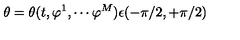
\theta = \theta ( t , \varphi ^ { 1 } , \cdots \varphi ^ { M } ) \epsilon ( - \pi / 2 , + \pi / 2 )